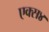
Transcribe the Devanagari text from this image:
एक्स४